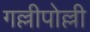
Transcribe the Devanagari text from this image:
गल्लीपोल्ली